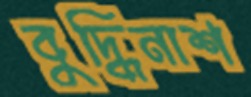
বুদ্ধিনাশ